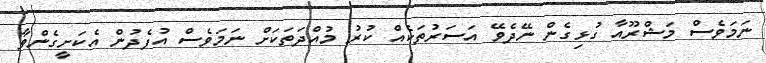
ނަމަވެސް މަޝްރޫއާ ގުޅިގެން ނޭދެވޭ އަސަރުތަކެއް ކުރު މުއްދަތަކަށް ނަމަވެސް އުފެދުން އެކަށީގެންވާ